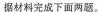
据材料完成下面两题。